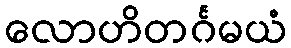
လောဟိတင်္ဂမယံ